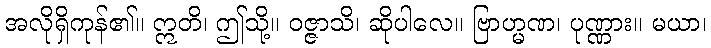
အလိုရှိကုန်၏။ ဣတိ၊ ဤသို့။ ဝဇ္ဇာသိ၊ ဆိုပါလေ။ ဗြာဟ္မဏ၊ ပုဏ္ဏား။ မယာ၊